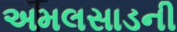
અમલસાડની